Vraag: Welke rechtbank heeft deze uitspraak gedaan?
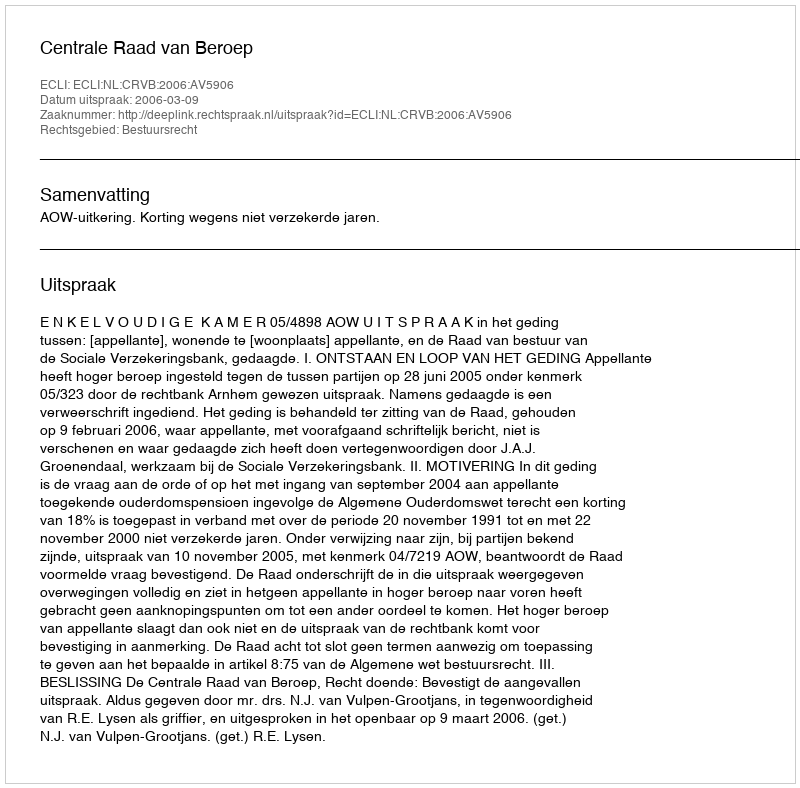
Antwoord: Centrale Raad van Beroep